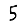
Digit: 5